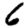
Digit: 6